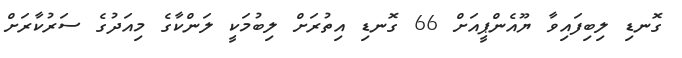
ގޮނޑި ލިބިފައިވާ ޔޫއެންޕީއަށް 66 ގޮނޑި އިތުރަށް ލިބުމަކީ ލަންކާގެ މިއަދުގެ ސަރުކާރަށް